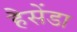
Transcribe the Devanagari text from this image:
हैसेंडा